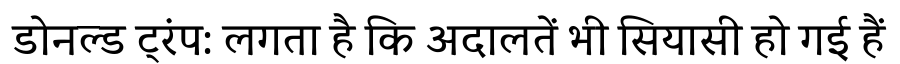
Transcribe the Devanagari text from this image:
डोनल्ड ट्रंप: लगता है कि अदालतें भी सियासी हो गई हैं